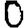
Digit: 0